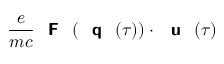
\frac { e } { m c } { \textbf { \textsf { F } } } ( { \textbf { \textsf { q } } } ( \tau ) ) \cdot { \textbf { \textsf { u } } } ( \tau )